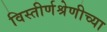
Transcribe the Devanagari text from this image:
विस्तीर्णश्रेणीच्या